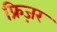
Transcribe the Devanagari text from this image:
फ्रिज़र